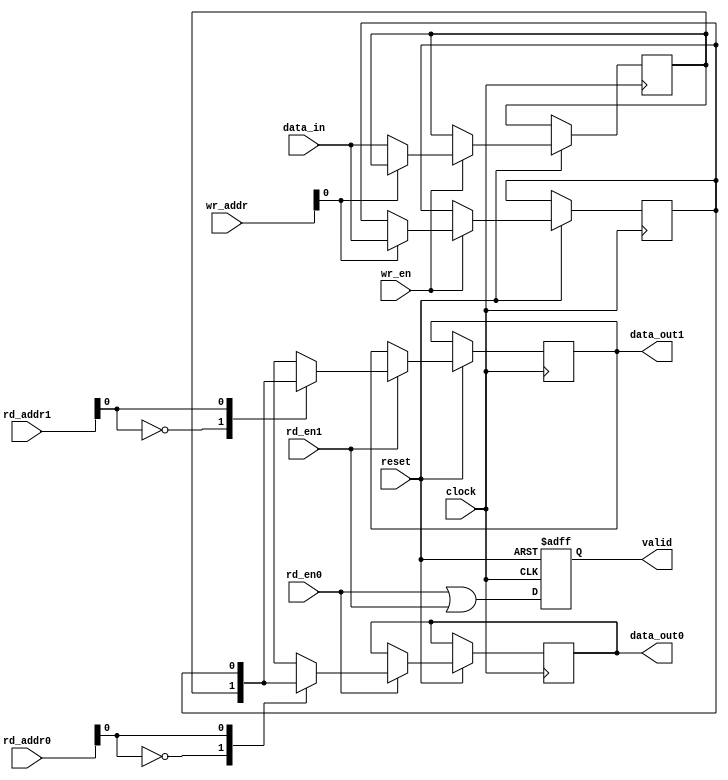
module rf128_register_file_memory(clock,
                                  reset,
                                  data_in,
                                  data_out0,
                                  data_out1,
                                  wr_addr,
                                  rd_addr0,
                                  rd_addr1,
                                  wr_en,
                                  rd_en0,
                                  rd_en1,
                                  valid);
// The depth of register file module rf128_register_file_memory is of illegal type. Depth set to 1.
// The width of register file module rf128_register_file_memory is of illegal type. Width set to 1.
  parameter ADDR_WIDTH = 0;
  parameter DATA_WIDTH = 1;
  parameter NUM_WORDS = (1 << DATA_WIDTH);
  input clock;
  input reset;
  input [DATA_WIDTH - 1:0] data_in;
  input [ADDR_WIDTH - 1:0] wr_addr;
  input [ADDR_WIDTH - 1:0] rd_addr0;
  input [ADDR_WIDTH - 1:0] rd_addr1;
  input wr_en;
  input rd_en0;
  input rd_en1;
  output reg [DATA_WIDTH - 1:0] data_out0;
  output reg [DATA_WIDTH - 1:0] data_out1;
  output reg valid;
  reg [DATA_WIDTH - 1:0] internal_memory[0:NUM_WORDS - 1] ;

  always @( posedge clock or negedge reset )  begin 
    if ( ~(reset) )  begin 
      valid <= 1;
    end
    else  begin 
      valid <= rd_en0 | rd_en1;
      if ( rd_en0 )  begin 
        data_out0 <= internal_memory[rd_addr0];
      end
      if ( rd_en1 )  begin 
        data_out1 <= internal_memory[rd_addr1];
      end
      if ( wr_en )  begin 
        internal_memory[wr_addr] <= data_in;
      end
    end
  end
  endmodule